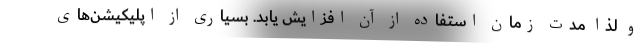
و لذا مدت زمان استفاده از آن افزایش یابد. بسیاری از اپلیکیشن‌های